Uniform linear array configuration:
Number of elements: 16
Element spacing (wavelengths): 1
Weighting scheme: hann
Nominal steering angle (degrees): -60
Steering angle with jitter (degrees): -60.554
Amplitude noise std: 0.05
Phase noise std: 0.05

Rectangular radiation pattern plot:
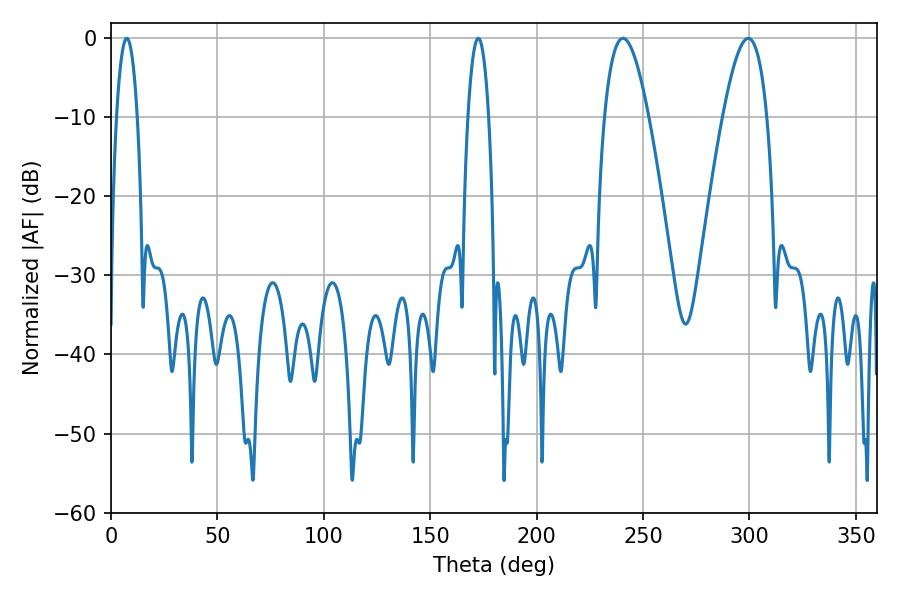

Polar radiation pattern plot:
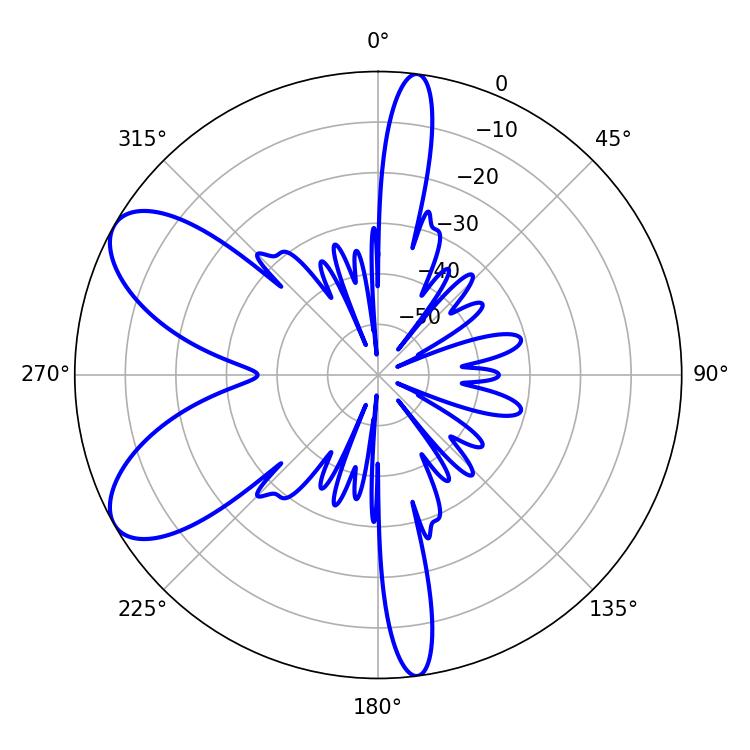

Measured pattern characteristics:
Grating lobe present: TRUE
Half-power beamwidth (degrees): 11.34
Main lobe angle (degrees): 240.48